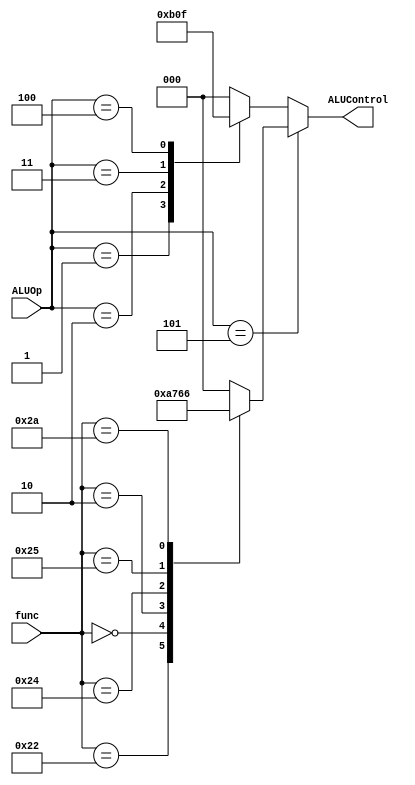
module ALUController(func,ALUOp,ALUControl);
input [5:0] func;
input [2:0] ALUOp;
output [2:0] ALUControl;

reg [2:0] ALUControl;

always @(func or ALUOp) begin
	if (ALUOp == 3'b101) begin
		case(func)
			6'b100000: ALUControl <= 3'b000; //ADD
			6'b100010: ALUControl <= 3'b001; //SUB
			6'b000000: ALUControl <= 3'b010; //SLL
			6'b000010: ALUControl <= 3'b011; //SRL
			6'b100100: ALUControl <= 3'b101; //AND
			6'b100101: ALUControl <= 3'b100; //OR
			6'b101010: ALUControl <= 3'b110; //SLT
			default: ALUControl <= 3'b000;
//check 2n mohamed 3amel el SLT 111 we BNE 110 !!!!!!!!!!!!!!!!!!!!
		endcase
		
	end
	else begin
		case(ALUOp)
			3'b000: ALUControl <= 3'b000; //ADDi, LW, SW 
			3'b001: ALUControl <= 3'b101; //ANDi 
			3'b010: ALUControl <= 3'b100; //ORi
			3'b011: ALUControl <= 3'b001; //BEQ 
			3'b100: ALUControl <= 3'b111; //BNE
			default: ALUControl <= 3'b000;
		endcase
	end
end
endmodule